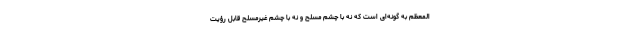
المعظم به گونه‌ای است که نه با چشم مسلح و نه با چشم غیرمسلح قابل رؤیت